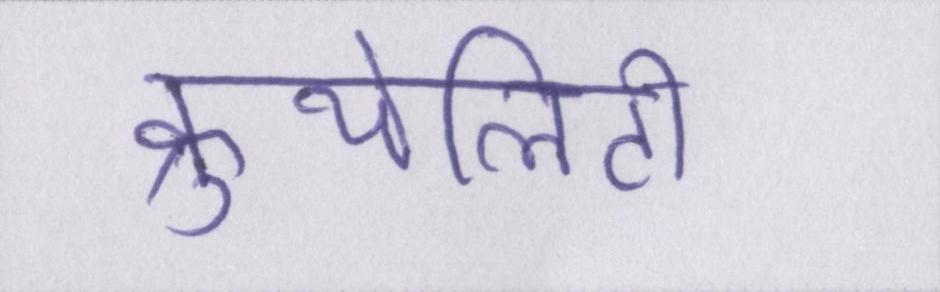
क्रुयेलिटी